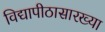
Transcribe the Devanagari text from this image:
विद्यापीठासारख्या